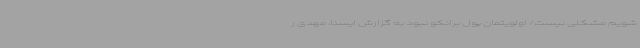
شویم مشکلی نیست/ اولویتمان پول برانکو نبود به گزارش ایسنا، مهدی ر